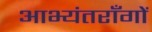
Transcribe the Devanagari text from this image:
आभ्यंतराँगों